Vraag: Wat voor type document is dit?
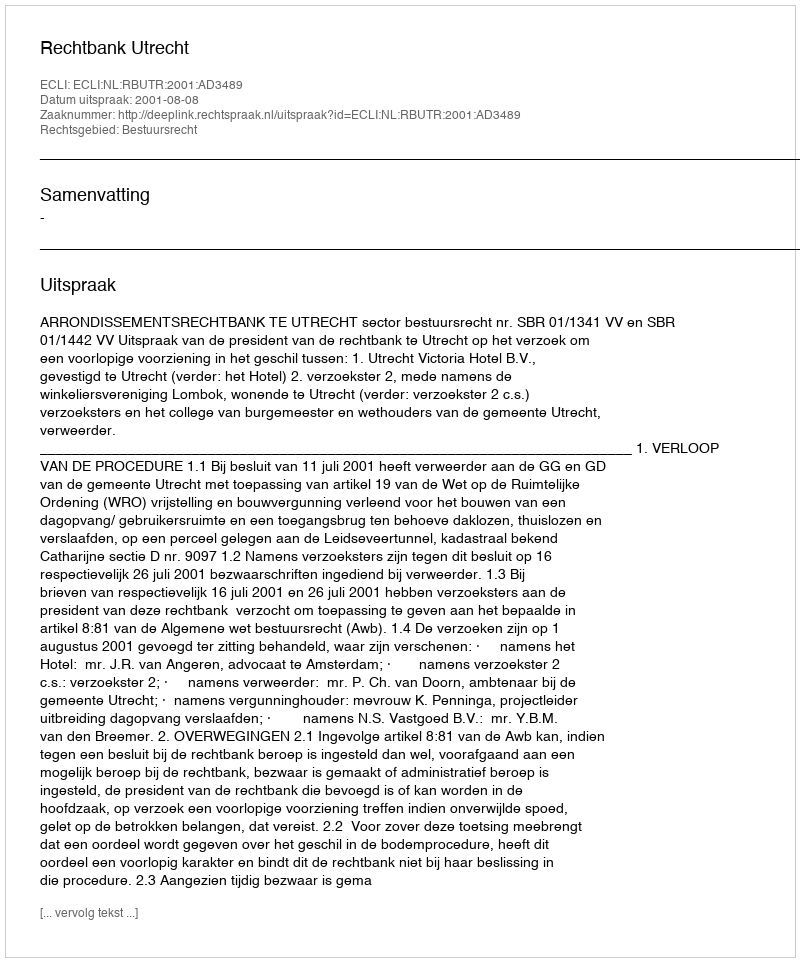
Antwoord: Uitspraak